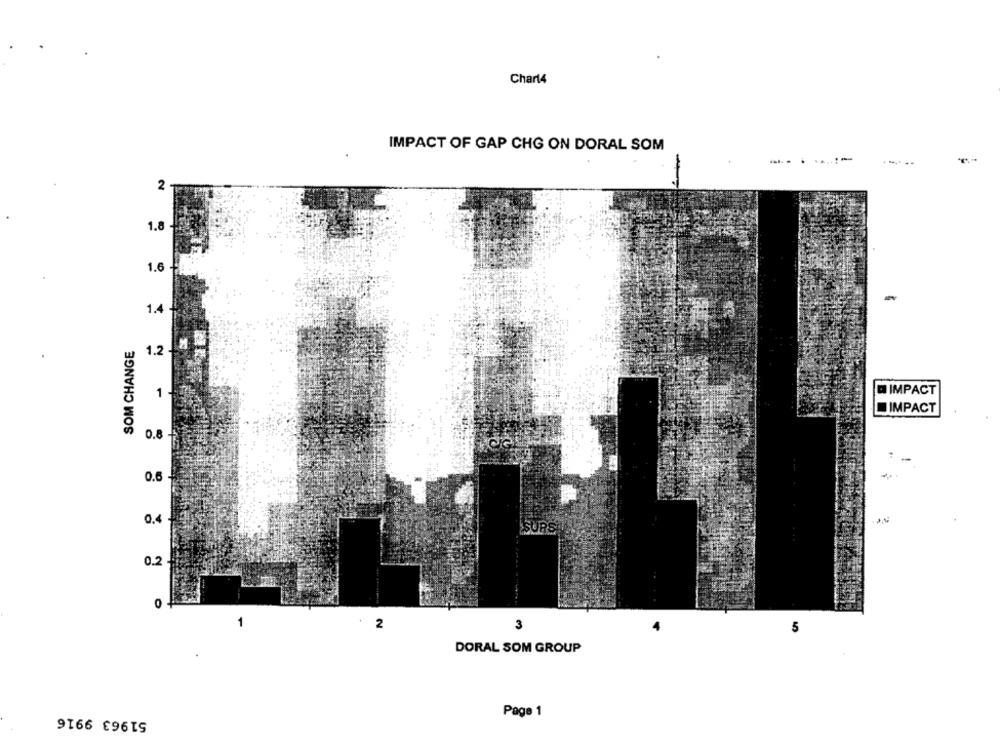
Chart4
IMPACT OF GAP CHG ON DORAL SOM
-
2
1.8
1.6
1.4
SOM CHANGE
1.2 -
1
D IMPACT
IMPACT
0.8
.
0.6
0,4
SURS
0.2
0
-
2
3
5
DORAL SOM GROUP
51963 9916
Page 1